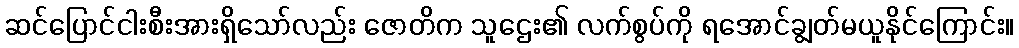
ဆင်ပြောင်ငါးစီးအားရှိသော်လည်း ဇောတိက သူဌေး၏ လက်စွပ်ကို ရအောင်ချွတ်မယူနိုင်ကြောင်း။